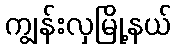
ကျွန်းလှမြို့နယ်